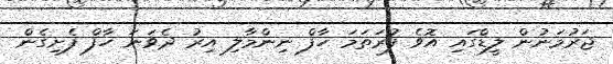
ޖަރުމަނުން ލީޑްގައި އޮވެ ފުރަތަމަ ހާފް ނިންމާލި އިރު ދެވަނަ ހާފް ފެށިގެން